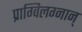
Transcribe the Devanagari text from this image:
प्राग्विलग्नान्